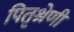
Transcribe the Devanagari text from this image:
पितृश्रेणी